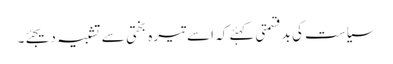
سیاست کی بدقسمتی کہئے کہ اسے تیرہ بختی سے تشبیہ دیجئے۔